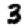
Digit: 3